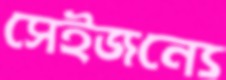
সেইজন্যে